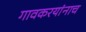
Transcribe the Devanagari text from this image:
गावकरयांनाच